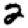
Digit: 2